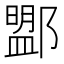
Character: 𨞚